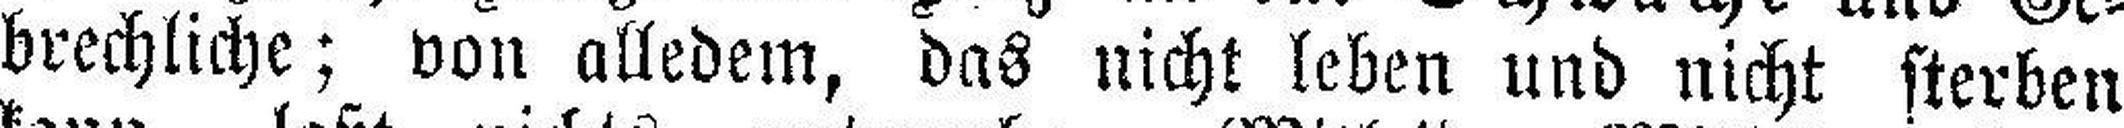
brechliche; von alledem, das nicht leben und nicht sterben